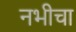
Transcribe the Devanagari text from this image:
नभीचा